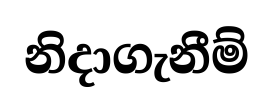
නිදාගැනීම්